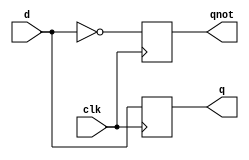
module FFD ( output q, output qnot,
				input d, input clk );
				
reg q, qnot;

always @( posedge clk )
begin
q <= d; qnot <= ~d;
end
endmodule